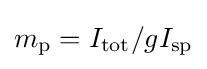
m_{\text{p}}=I_{\text{tot}}/gI_{\text{sp}}